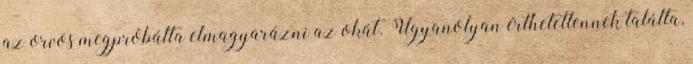
az orvos megpróbálta elmagyarázni az okát. Ugyanolyan érthetetlennek találta,